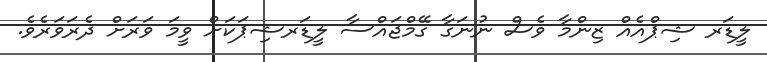
ލީޑަރ ޝިޕްއެއް ޒިންމާ ވެސް ނުނަގާ ގޭމްޖައްސާ ލީޑަރޝިޕަކަށް ވީމަ ވަރަށް ދެރަވަރެވެ.